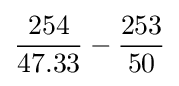
{\frac {\mbox{254}}{\mbox{47.33}}}-{\frac {\mbox{253}}{\mbox{50}}}